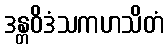
ဒန္တဝိဒံသကဟသိတံ